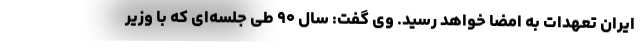
ایران تعهدات به امضا خواهد رسید. وی گفت: سال ۹۰ طی جلسه‌ای که با وزیر